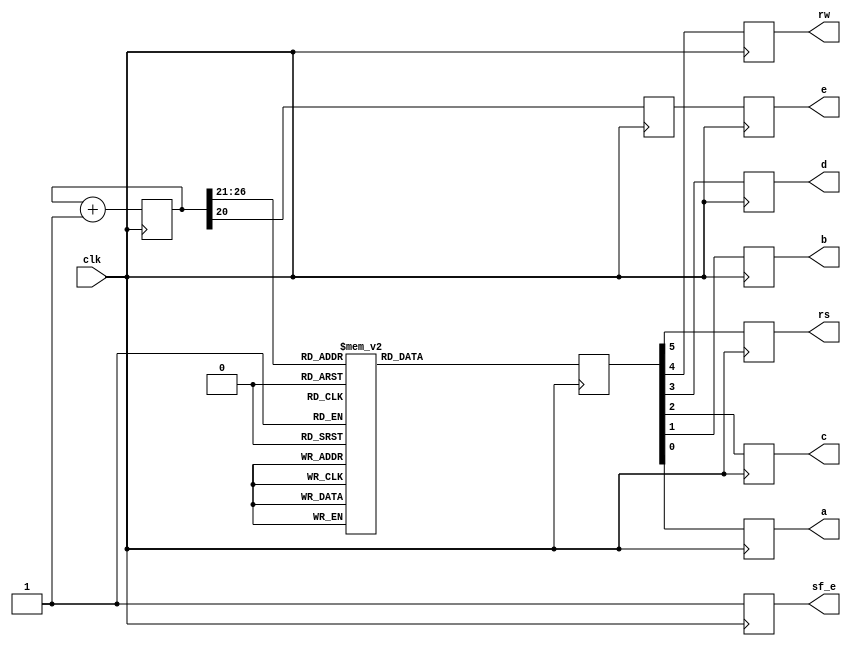
`timescale 1ns / 1ps
module display(clk, sf_e, e, rs, rw, d, c, b, a);

   (* LOC = "C9" *) input clk;
   (* LOC = "D16" *) output reg sf_e;
   (* LOC = "M18" *) output reg e;
   (* LOC = "L18" *) output reg rs;
   (* LOC = "L17" *) output reg rw;
   (* LOC = "M15" *) output reg d;
   (* LOC = "P17" *) output reg c;
   (* LOC = "R16" *) output reg b;
   (* LOC = "R15" *) output reg a;

   reg [26:0] count = 0;
   reg [5:0]  code;
   reg        refresh;

   always @ (posedge clk) begin
      count <= count + 1;

      case (count [26:21])
        // power-on init can be carried out befor this loop to avoid the flickers
        0: code <= 6'h03;	// power-on init sequence
        1: code <= 6'h03;	// this is needed at least once
        2: code <= 6'h03;	// when LCD's powered on
        3: code <= 6'h02;	// it flickers existing char dislay
        // Table 5-3, Function Set
        // Send 00 and upper nibble 0010, then 00 and lower nibble 10xx
        4: code <= 6'h02; // Function Set, upper nibble 0010
        5: code <= 6'h08; // lower nibble 1000 (10xx)
        // Table 5-3, Entry Mode
        // send 00 and upper nibble: I/D bit (Incr 1, Decr 0), S bit (Shift 1, 0 no)
        6: code <= 6'h00; // see table, upper nibble 0000, then lower nibble:
        7: code <= 6'h06; // 0110: Incr, Shift disabled
        // Table 5-3, Display On/Off
        // send 00 and upper nibble 0000, then 00 and lower nibble 1 DCB
        // D: 1, show char represented by code in DDR, 0 don't, but code remains
        // C: 1, show cursor, 0 don't
        // B: 1, cursor blinks (if shown), 0 don't blink (if shown)
        8: code <= 6'h00; // Display On/Off, upper nibble 0000
        9: code <= 6'h0C; // lower nibble 1100 (1 D C B)
        // Table 5-3 Clear Display, 00 and upper nibble 0000, 00 and lower nibble 0001
        10: code <= 6'h00; // Clear Display, 00 and upper nibble 0000
        11: code <= 6'h01; // then 00 and lower nibble 0001
        // Chararters are then given out, the cursor will advance to the right
        // Table 5-3, Write Data to DD RAM (or CG RAM)
        // Fig 5-4, 'H' send 10 and upper nibble 0100, then 10 and lower nibble

        12: code <= 6'b100100; // 'C' high nibble
        13: code <= 6'b100011; // 'C' low nibble

        14: code <= 6'b100110; // o
        15: code <= 6'b101111;

        16: code <= 6'b100110; // m
        17: code <= 6'b101101;

        18: code <= 6'b100111; // p
        19: code <= 6'b100000;

        20: code <= 6'b100111; // u
        21: code <= 6'b100101;

        22: code <= 6'b100111; // t
        23: code <= 6'b100100;

        24: code <= 6'b100110; // e
        25: code <= 6'b100101;

        26: code <= 6'b100111; // r
        27: code <= 6'b100010;


        28: code <= 6'b001100; // pos cursor to 2nd line upper nibble
        29: code <= 6'b000000; // lower nibble: h0

        30: code <= 6'b100100; // O
        31: code <= 6'b101111;

        32: code <= 6'b100111; // r
        33: code <= 6'b100010;

        34: code <= 6'b100110; // g
        35: code <= 6'b100111;

        36: code <= 6'b100110; // a
        37: code <= 6'b100001;

        38: code <= 6'b100110; // n
        39: code <= 6'b101110;

        40: code <= 6'b100110; // i
        41: code <= 6'b101001;

        42: code <= 6'b100111; // z
        43: code <= 6'b101010;

        44: code <= 6'b100110; // a
        45: code <= 6'b100001;

        46: code <= 6'b100111; // t
        47: code <= 6'b100100;

        48: code <= 6'b100110; // i
        49: code <= 6'b101001;

        50: code <= 6'b100110; // o
        51: code <= 6'b101111;

        52: code <= 6'b100110; // n
        53: code <= 6'b101110;

        54: code <= 6'h21; // Table 5-3, Read Busy Flag and Address
        // send 01 BF (Busy Flag) x x x, then 01xxxx
        // idling

        default: code <= 6'h10; // the restun-used time
      endcase
      // refresh (enable) the LCD when bit 20 of the count is 1
      // (it flips when counted upto 2M, and flips again after another 2M)
      refresh <= count[ 20 ]; // flip rate about 25 (50MHz/2*21=2M)
      sf_e <= 1;
      e <= refresh;
      rs <= code[5];
      rw <= code[4];
      d <= code[3];
      c <= code[2];
      b <= code[1];
      a <= code[0];
   end // always

endmodule